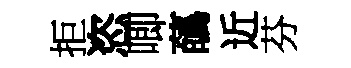
拒恣唧蘤近芬